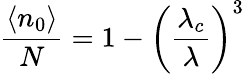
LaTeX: {\frac{\langle n_{0}\rangle}{N}}=1-\left({\frac{\lambda_{c}}{\lambda}}\right)^{3}